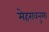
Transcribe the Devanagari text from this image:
मेहरावनुमा